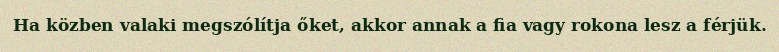
Ha közben valaki megszólítja őket, akkor annak a fia vagy rokona lesz a férjük.